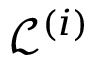
\mathscr { L } ^ { ( i ) }